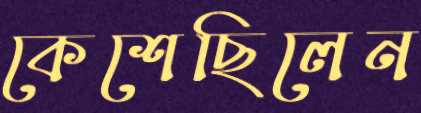
কেশেছিলেন